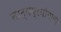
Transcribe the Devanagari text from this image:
नाट्यप्रयोगाचे